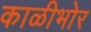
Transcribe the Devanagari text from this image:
काळीभोर